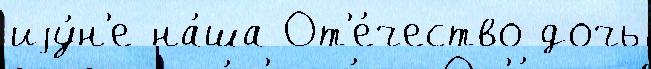
иjу́н'е на́ша От'е́чество дочь